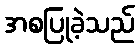
အစပြုခဲ့သည်